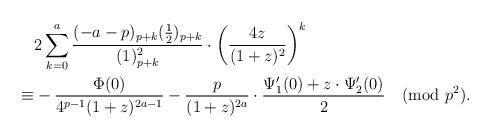
LaTeX: \begin{align*}&2\sum_{k=0}^a\frac{(-a-p)_{p+k}(\frac12)_{p+k}}{(1)_{p+k}^2}\cdot \bigg(\frac{4z}{(1+z)^2}\bigg)^k\\\equiv&-\frac{\Phi(0)}{4^{p-1}(1+z)^{2a-1}}-\frac{p}{(1+z)^{2a}}\cdot\frac{\Psi_1'(0)+z\cdot\Psi_2'(0)}{2}\pmod{p^2}.\end{align*}